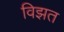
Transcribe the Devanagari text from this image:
विझत